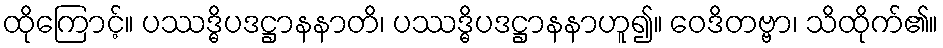
ထိုကြောင့်။ ပဿဒ္ဓိပဒဋ္ဌာနနာတိ၊ ပဿဒ္ဓိပဒဋ္ဌာနနာဟူ၍။ ဝေဒိတဗ္ဗာ၊ သိထိုက်၏။